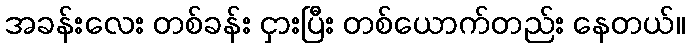
အခန်းလေး တစ်ခန်း ငှားပြီး တစ်ယောက်တည်း နေတယ်။